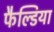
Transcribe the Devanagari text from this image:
फैल्डिया